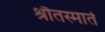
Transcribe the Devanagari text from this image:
श्रौतस्मार्त